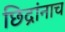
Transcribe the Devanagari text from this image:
छिद्रांनाच